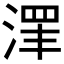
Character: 𱧓